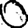
Digit: 0